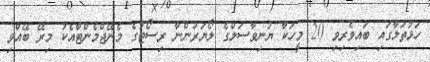
ހަޅުތަލާގައި ބައިވެރިވި 20 މީހަކާ ޔުނިވާސަލްގެ ލޯޔަރުންނާ ރިސޯޓުގެ މެނޭޖްމެންޓާއެކު މިރޭ ބޭއްވި